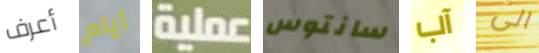
أعرف أيام عملية سانتوس آب الى